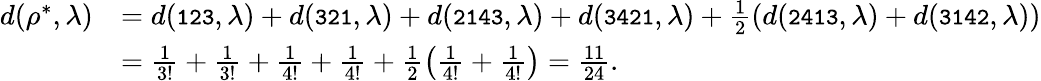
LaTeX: \begin{array}{rl}{d(\rho^{*},\lambda)}&{=d({\small\mathrm{\tt{123}}},\lambda)+d({\small\mathrm{\tt{321}}},\lambda)+d({\small\mathrm{\tt{2143}}},\lambda)+d({\small\mathrm{\tt{3421}}},\lambda)+\frac{1}{2}\left(d({\small\mathrm{\tt{2413}}},\lambda)+d({\small\mathrm{\tt{3142}}},\lambda)\right)}\\ &{=\frac{1}{3!}+\frac{1}{3!}+\frac{1}{4!}+\frac{1}{4!}+\frac{1}{2}\left(\frac{1}{4!}+\frac{1}{4!}\right)=\frac{11}{24}.}\end{array}